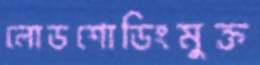
লোডশোডিংমুক্ত